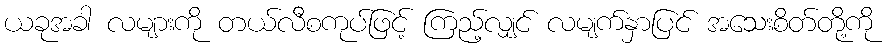
ယခုအခါ လများကို တယ်လီစကုပ်ဖြင့် ကြည့်လျှင် လမျက်နှာပြင် အသေးစိတ်တို့ကို